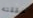
حققته